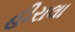
હીરાલા